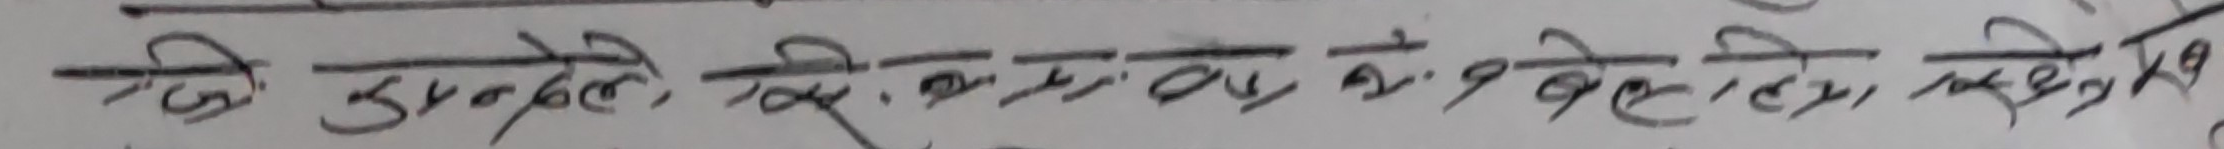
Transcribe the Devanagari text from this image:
यो उपदिशति किन्त्विदं न वेत्ति राक्षसम्